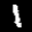
Label: 1